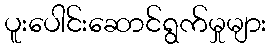
ပူးပေါင်းဆောင်ရွက်မှုများ